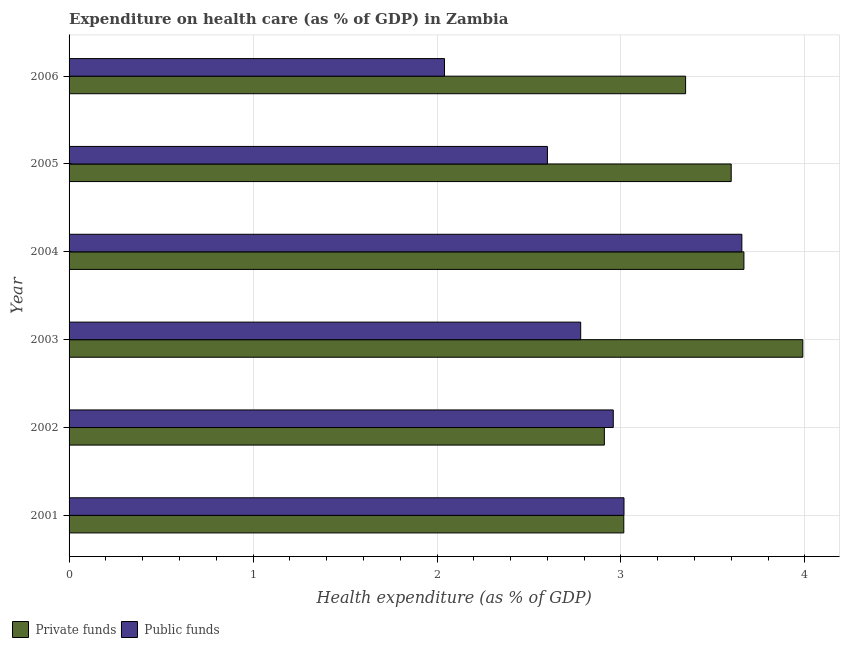
| Year | Private funds | Public funds |
 | --- | --- | --- |
 | 2001 | 3.02 | 3.02 |
 | 2002 | 2.91 | 2.96 |
 | 2003 | 3.99 | 2.78 |
 | 2004 | 3.67 | 3.66 |
 | 2005 | 3.6 | 2.6 |
 | 2006 | 3.35 | 2.04 |